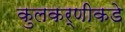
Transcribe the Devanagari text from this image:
कुलकर्णीकडे